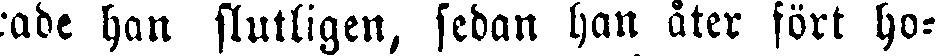
rade han slutligen, sedan han åter fört ho-